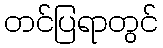
တင်ပြရာတွင်